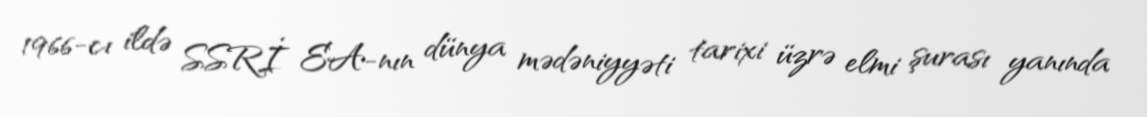
1966-cı ildə SSRİ EA-nın dünya mədəniyyəti tarixi üzrə elmi şurası yanında